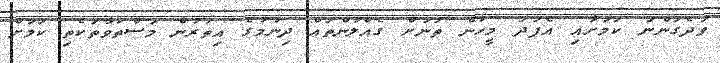
ވަދެގަންނަ ކަމަށާއި އެފަދަ މީހުން ތަނަށް ގެއްލުންތައް ދިނުމުގެ އިތުރުން މަސްތުވާތަކެތި ކަމަށް